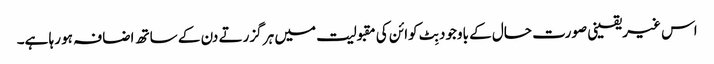
اس غیریقینی صورت حال کے باوجود بِٹ کوائن کی مقبولیت میں ہر گزرتے دن کے ساتھ اضافہ ہو رہا ہے۔